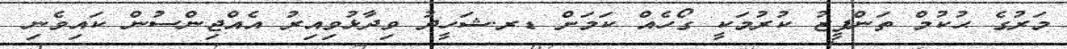
މަރުގެ ޙުކުމް ތަންފީޒު ކުރުމަކީ ގޯހެއް ކަމަށް ޑރ.ޝަހީދު ވިދާޅުވިއިރު އެއްޖިންސުން ކައިވެނި